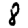
Digit: 8